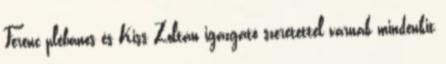
Ferenc plébános és Kiss Zoltán igazgató szeretettel várnak mindenkit